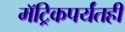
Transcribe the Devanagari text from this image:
मॅट्रिकपर्यंतही